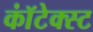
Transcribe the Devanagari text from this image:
कॉंटेक्स्ट